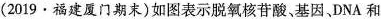
(2019·福建厦门期末)如图表示脱氧核苷酸、基因、DNA和